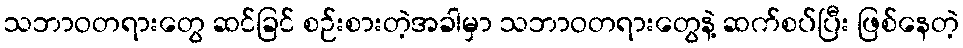
သဘာဝတရားတွေ ဆင်ခြင် စဉ်းစားတဲ့အခါမှာ သဘာဝတရားတွေနဲ့ ဆက်စပ်ပြီး ဖြစ်နေတဲ့